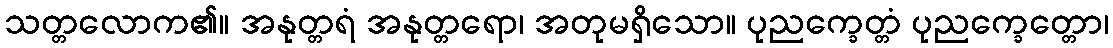
သတ္တလောက၏။ အနုတ္တရံ အနုတ္တရော၊ အတုမရှိသော။ ပုညက္ခေတ္တံ ပုညက္ခေတ္တော၊